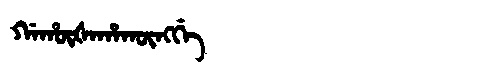
Manchu: ᡤᠠᡥᡡᡧᠠᡥᠠᡴᡡᠩᡤᡝ
Romanization: GAHŪŠAHAKŪNGGE